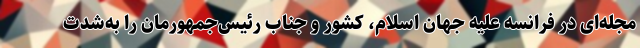
مجله‌ای در فرانسه علیه جهان اسلام، کشور و جناب رئیس‌جمهورمان را به‌شدت